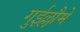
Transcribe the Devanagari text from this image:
गुईल्लौमे